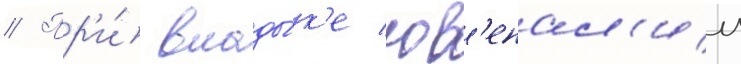
// Пр'и́ влады́к'е юв'енал'ии